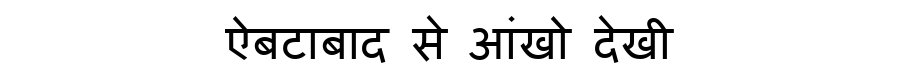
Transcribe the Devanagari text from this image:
ऐबटाबाद से आंखो देखी